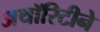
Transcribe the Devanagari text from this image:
अथॉरिटीने